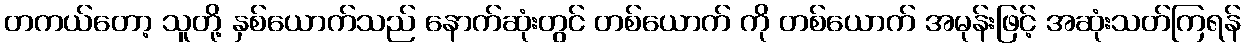
တကယ်တော့ သူတို့ နှစ်ယောက်သည် နောက်ဆုံးတွင် တစ်ယောက် ကို တစ်ယောက် အမုန်းဖြင့် အဆုံးသတ်ကြရန်